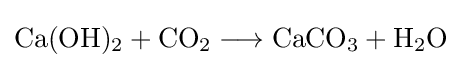
{\mathrm {Ca} (\mathrm {OH} ){\vphantom {A}}_{\smash[{t}]{2}}{}+{}\mathrm {CO} {\vphantom {A}}_{\smash[{t}]{2}}{}\mathrel {\longrightarrow } {}\mathrm {CaCO} {\vphantom {A}}_{\smash[{t}]{3}}{}+{}\mathrm {H} {\vphantom {A}}_{\smash[{t}]{2}}\mathrm {O} }